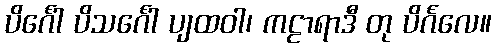
ပိင်္ဂေါ ပိသင်္ဂေါ ပျထဝါ၊ ကဠာရာဒီ တု ပိင်္ဂလေ။